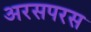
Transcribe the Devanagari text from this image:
अरसपरस